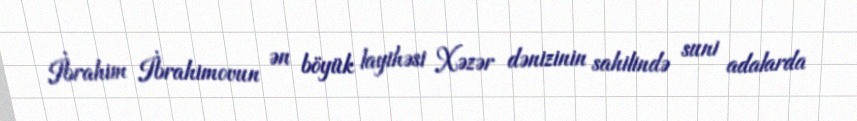
İbrahim İbrahimovun ən böyük layihəsi Xəzər dənizinin sahilində suni adalarda